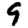
Digit: 9